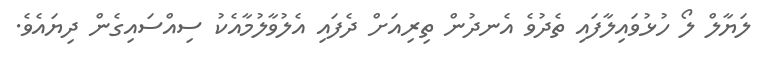
ލަޔާލް ލޯ ހުޅުވައިލާފައި ތެދުވެ އެނދުން ތިރިއަށް ދެފައި އެލުވާލުމާއެކު ސިއްސައިގެން ދިޔައެވެ.